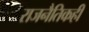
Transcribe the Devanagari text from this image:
राजनैतिकही